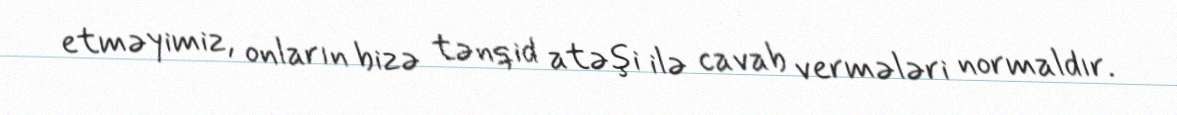
etməyimiz, onların bizə tənqid atəşi ilə cavab vermələri normaldır.